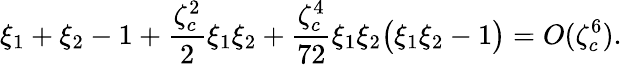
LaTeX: \xi_{1}+\xi_{2}-1+\frac{\zeta_{c}^{2}}{2}\xi_{1}\xi_{2}+\frac{\zeta_{c}^{4}}{72}\xi_{1}\xi_{2}\big(\xi_{1}\xi_{2}-1\big)=O(\zeta_{c}^{6}).